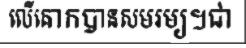
លើគោកបានសមរម្យ។ជា